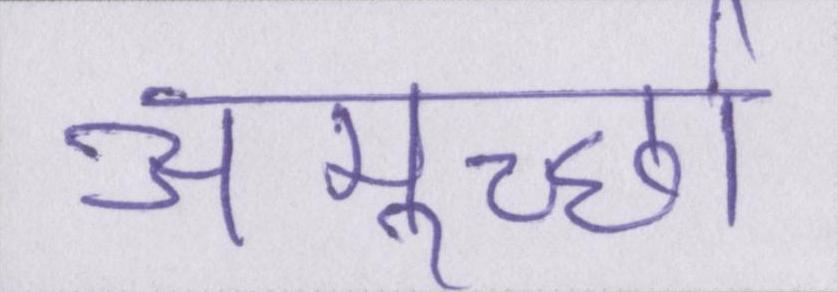
अमूर्च्छा